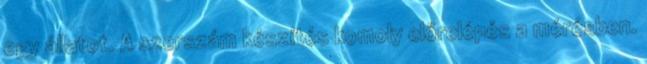
egy állatot. A szerszám készítés komoly előrelépés a mérésben.